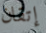
إتقان